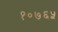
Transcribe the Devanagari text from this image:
१०७६५